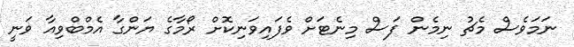
ނަމަވެސް މެޗު ނިމެން ފަސް މިނެޓަށް ވެފައިވަނިކޮށް ރޯމާގެ ޔަންގާ އެމްބްވިއާ ވަނީ